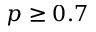
p \geq 0 . 7